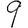
Digit: 9